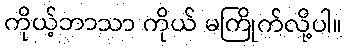
ကိုယ့်ဘာသာ ကိုယ် မကြိုက်လို့ပါ။